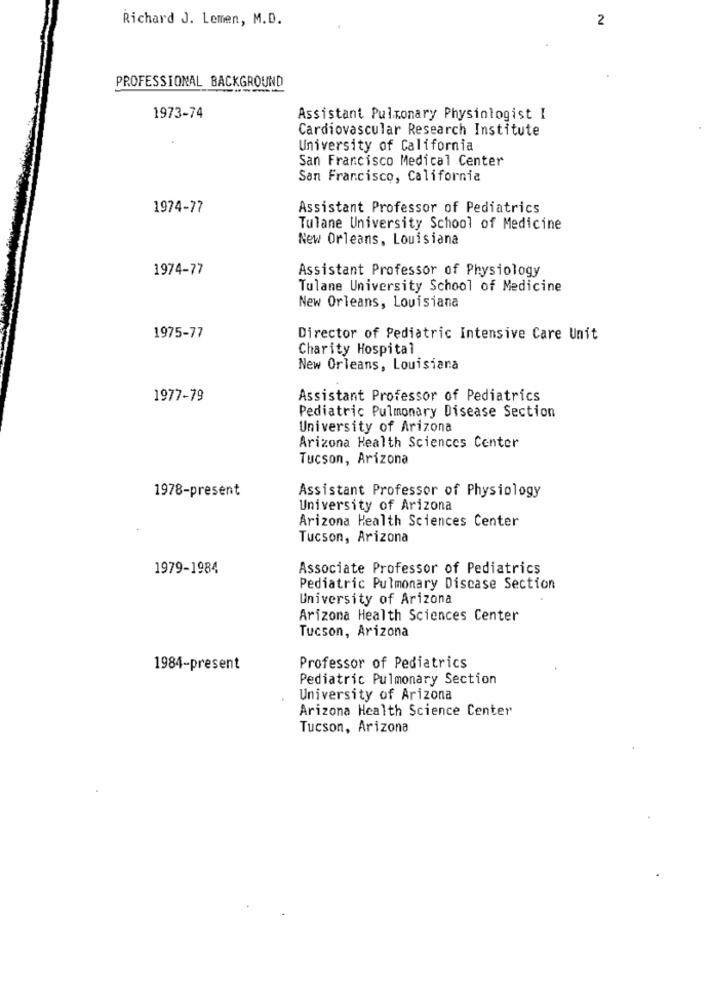
Richard J. Lemen, M.D.
2
PROFESSIONAL BACKGROUND
1973-74
Assistant Pulmonary Physiologist I
Cardiovascular Research Institute
University of California
San Francisco Medical Center
San Francisco, California
1974-77
Assistant Professor of Pediatrics
Tulane University School of Medicine
New Orleans, Louisiana
1974-77
Assistant Professor of Physiology
Tulane University School of Medicine
New Orleans, Louisiana
1975-77
Director of Pediatric Intensive Care Unit
Charity Hospital
New Orleans, Louisiana
1977-79
Assistant Professor of Pediatrics
Pediatric Pulmonary Disease Section
University of Arizona
Arizona Health Sciences Center
Tucson, Arizona
1978-present
Assistant Professor of Physiology
University of Arizona
Arizona Health Sciences Center
Tucson, Arizona
1979-1984
Associate Professor of Pediatrics
Pediatric Pulmonary Discase Section
University of Arizona
Arizona Health Sciences Center
Tucson, Arizona
1984-present
Professor of Pediatrics
Pediatric Pulmonary Section
University of Arizona
Arizona Health Science Center
Tucson, Arizona